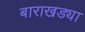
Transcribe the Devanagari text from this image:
बाराखड्या